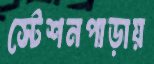
স্টেশনপাড়ায়